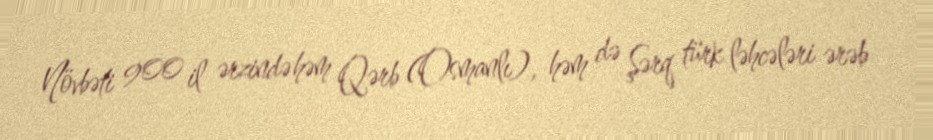
Növbəti 900 il ərzində həm Qərb (Osmanlı), həm də Şərq türk ləhcələri ərəb